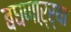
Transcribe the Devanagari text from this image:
बघणाऱ्र्‍या